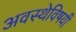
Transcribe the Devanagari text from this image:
अवस्थेविषयी